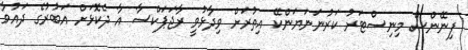
ފިނޭންސް މިނިސްޓަރު ކަރުނަނަޔަންކޭ އިތުރަށް ވިދާޅުވީ ރާޖަޕަކްސާ އާ ދެކޮޅަށް އަބުރުގެ ދައުވާ